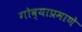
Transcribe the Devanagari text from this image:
गोव्याप्रमाणे